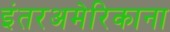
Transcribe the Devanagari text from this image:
इंतरअमेरिकाना